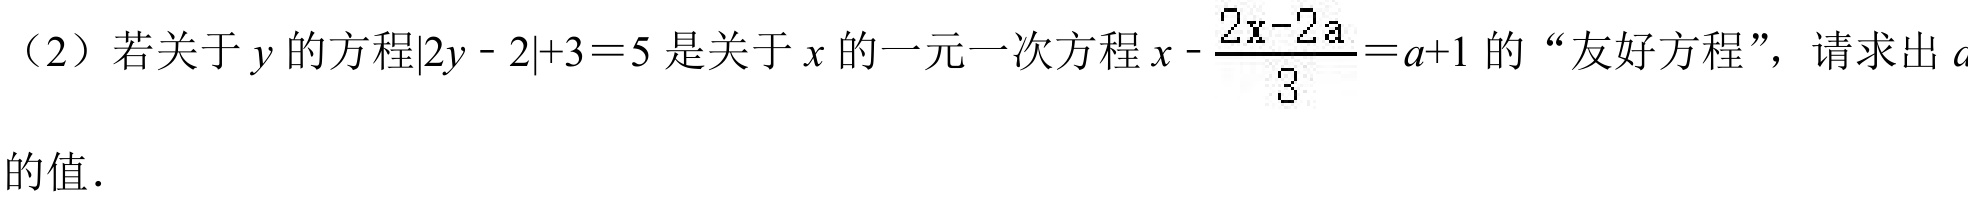
（2）若关于\(y\)的方程\(\vert2y - 2\vert+3 = 5\)是关于\(x\)的一元一次方程\(x - \frac{2x - 2a}{3}=a + 1\)的“友好方程”，请求出\(a\)的值.